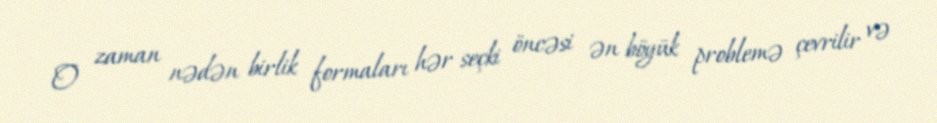
O zaman nədən birlik formaları hər seçki öncəsi ən böyük problemə çevrilir və